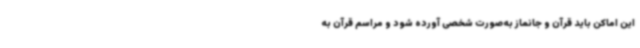
این اماکن باید قرآن و جانماز به‌صورت شخصی آورده شود و مراسم قرآن به